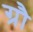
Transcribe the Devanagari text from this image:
ग्रौ